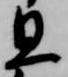
旦